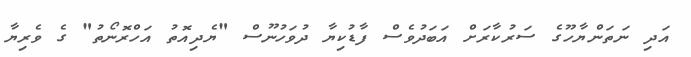
އަދި ނަތަންޔާހޫގެ ސަރުކާރަށް އަބަދުވެސް ފާޑުކިޔާ ދުވަހުނޫސް "ޔެދިއޮތު އަހްރޮނޯތު" ގެ ވެރިޔާ